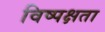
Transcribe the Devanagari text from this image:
विष्पक्षता